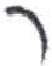
אות: ר